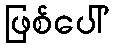
ဖြစ်ပေါ်